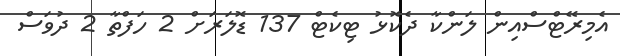
އެމިރޭޓްސްއިން ލަންކާ ދެކޮޅު ޓިކެޓް 137 ޑޮލަރަށް 2 ހަފްތާ 2 ދުވަސް